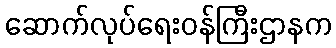
ဆောက်လုပ်ရေးဝန်ကြီးဌာနက